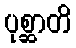
ပုစ္ဆာတိ